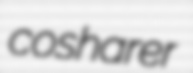
cosharer